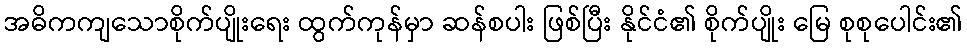
အဓိကကျသောစိုက်ပျိုးရေး ထွက်ကုန်မှာ ဆန်စပါး ဖြစ်ပြီး နိုင်ငံ၏ စိုက်ပျိုး မြေ စုစုပေါင်း၏